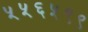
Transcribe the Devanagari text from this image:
५५६५९९